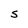
Character: S